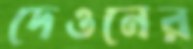
দেওনের